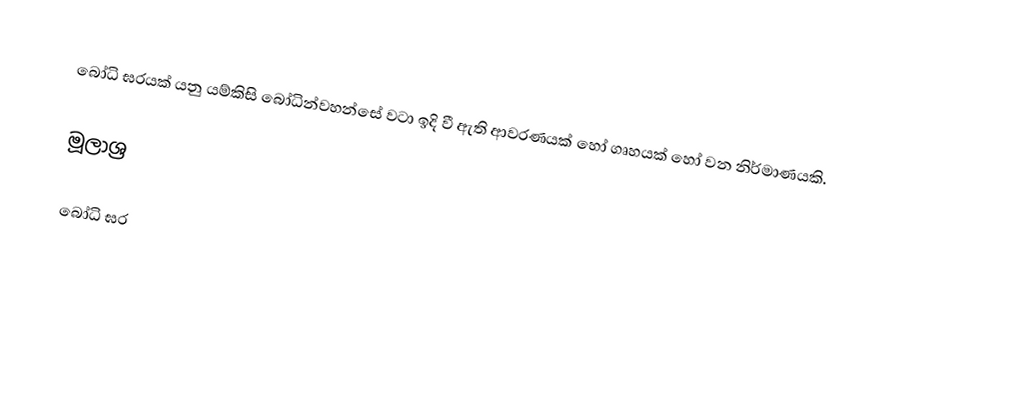
බෝධි ඝරයක් යනු යම්කිසි බෝධින්වහන්සේ වටා ඉදි වී ඇති ආවරණයක් හෝ ගෘහයක් හෝ වන නිර්මාණයකි.

මූලාශ්‍ර

බෝධි ඝර